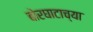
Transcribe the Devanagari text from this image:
बोरघाटाच्या